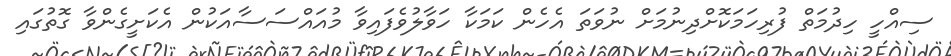
ސިއްހީ ހިދުމަތް ފުރިހަމަކޮށްދިނުމަށް ނުވަތަ އެހެން ކަމަކާ ހަވާލުވެފައިވާ މުއައްސަސާއަކުން އެކަށީގެންވާ ގޮތުގައި